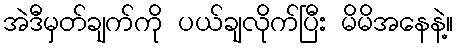
အဲဒီမှတ်ချက်ကို ပယ်ချလိုက်ပြီး မိမိအနေနဲ့။